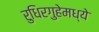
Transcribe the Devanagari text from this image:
रुधिरगुहेमध्ये